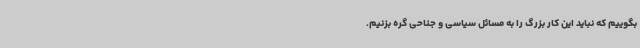
بگوییم که نباید این کار بزرگ را به مسائل سیاسی و جناحی گره بزنیم.